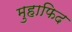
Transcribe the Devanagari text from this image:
मुहाफिद